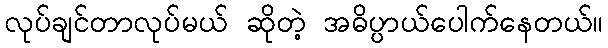
လုပ်ချင်တာလုပ်မယ် ဆိုတဲ့ အဓိပ္ပာယ်ပေါက်နေတယ်။